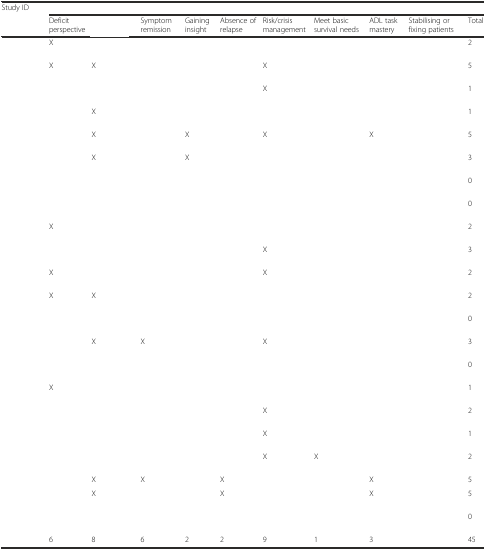
<table><thead><tr><td rowspan="2"><b>Study ID</b></td><td colspan="10">[EMPTY_CELL]</td></tr><tr><td><b>Deficit perspective</b></td><td>[EMPTY_CELL]</td><td><b>Symptom remission</b></td><td><b>Gaining insight</b></td><td><b>Absence of relapse</b></td><td><b>Risk/crisis management</b></td><td><b>Meet basic survival needs</b></td><td><b>ADL task mastery</b></td><td><b>Stabilising or fixing patients</b></td><td><b>Total</b></td></tr></thead><tbody><tr><td>[EMPTY_CELL]</td><td>X</td><td>[EMPTY_CELL]</td><td>[EMPTY_CELL]</td><td>[EMPTY_CELL]</td><td>[EMPTY_CELL]</td><td>[EMPTY_CELL]</td><td>[EMPTY_CELL]</td><td>[EMPTY_CELL]</td><td>[EMPTY_CELL]</td><td>2</td></tr><tr><td>[EMPTY_CELL]</td><td>X</td><td>X</td><td>[EMPTY_CELL]</td><td>[EMPTY_CELL]</td><td>[EMPTY_CELL]</td><td>X</td><td>[EMPTY_CELL]</td><td>[EMPTY_CELL]</td><td>[EMPTY_CELL]</td><td>5</td></tr><tr><td>[EMPTY_CELL]</td><td>[EMPTY_CELL]</td><td>[EMPTY_CELL]</td><td>[EMPTY_CELL]</td><td>[EMPTY_CELL]</td><td>[EMPTY_CELL]</td><td>X</td><td>[EMPTY_CELL]</td><td>[EMPTY_CELL]</td><td>[EMPTY_CELL]</td><td>1</td></tr><tr><td>[EMPTY_CELL]</td><td>[EMPTY_CELL]</td><td>X</td><td>[EMPTY_CELL]</td><td>[EMPTY_CELL]</td><td>[EMPTY_CELL]</td><td>[EMPTY_CELL]</td><td>[EMPTY_CELL]</td><td>[EMPTY_CELL]</td><td>[EMPTY_CELL]</td><td>1</td></tr><tr><td>[EMPTY_CELL]</td><td>[EMPTY_CELL]</td><td>X</td><td>[EMPTY_CELL]</td><td>X</td><td>[EMPTY_CELL]</td><td>X</td><td>[EMPTY_CELL]</td><td>X</td><td>[EMPTY_CELL]</td><td>5</td></tr><tr><td>[EMPTY_CELL]</td><td>[EMPTY_CELL]</td><td>X</td><td>[EMPTY_CELL]</td><td>X</td><td>[EMPTY_CELL]</td><td>[EMPTY_CELL]</td><td>[EMPTY_CELL]</td><td>[EMPTY_CELL]</td><td>[EMPTY_CELL]</td><td>3</td></tr><tr><td>[EMPTY_CELL]</td><td>[EMPTY_CELL]</td><td>[EMPTY_CELL]</td><td>[EMPTY_CELL]</td><td>[EMPTY_CELL]</td><td>[EMPTY_CELL]</td><td>[EMPTY_CELL]</td><td>[EMPTY_CELL]</td><td>[EMPTY_CELL]</td><td>[EMPTY_CELL]</td><td>0</td></tr><tr><td>[EMPTY_CELL]</td><td>[EMPTY_CELL]</td><td>[EMPTY_CELL]</td><td>[EMPTY_CELL]</td><td>[EMPTY_CELL]</td><td>[EMPTY_CELL]</td><td>[EMPTY_CELL]</td><td>[EMPTY_CELL]</td><td>[EMPTY_CELL]</td><td>[EMPTY_CELL]</td><td>0</td></tr><tr><td>[EMPTY_CELL]</td><td>X</td><td>[EMPTY_CELL]</td><td>[EMPTY_CELL]</td><td>[EMPTY_CELL]</td><td>[EMPTY_CELL]</td><td>[EMPTY_CELL]</td><td>[EMPTY_CELL]</td><td>[EMPTY_CELL]</td><td>[EMPTY_CELL]</td><td>2</td></tr><tr><td>[EMPTY_CELL]</td><td>[EMPTY_CELL]</td><td>[EMPTY_CELL]</td><td>[EMPTY_CELL]</td><td>[EMPTY_CELL]</td><td>[EMPTY_CELL]</td><td>X</td><td>[EMPTY_CELL]</td><td>[EMPTY_CELL]</td><td>[EMPTY_CELL]</td><td>3</td></tr><tr><td>[EMPTY_CELL]</td><td>X</td><td>[EMPTY_CELL]</td><td>[EMPTY_CELL]</td><td>[EMPTY_CELL]</td><td>[EMPTY_CELL]</td><td>X</td><td>[EMPTY_CELL]</td><td>[EMPTY_CELL]</td><td>[EMPTY_CELL]</td><td>2</td></tr><tr><td>[EMPTY_CELL]</td><td>X</td><td>X</td><td>[EMPTY_CELL]</td><td>[EMPTY_CELL]</td><td>[EMPTY_CELL]</td><td>[EMPTY_CELL]</td><td>[EMPTY_CELL]</td><td>[EMPTY_CELL]</td><td>[EMPTY_CELL]</td><td>2</td></tr><tr><td>[EMPTY_CELL]</td><td>[EMPTY_CELL]</td><td>[EMPTY_CELL]</td><td>[EMPTY_CELL]</td><td>[EMPTY_CELL]</td><td>[EMPTY_CELL]</td><td>[EMPTY_CELL]</td><td>[EMPTY_CELL]</td><td>[EMPTY_CELL]</td><td>[EMPTY_CELL]</td><td>0</td></tr><tr><td>[EMPTY_CELL]</td><td>[EMPTY_CELL]</td><td>X</td><td>X</td><td>[EMPTY_CELL]</td><td>[EMPTY_CELL]</td><td>X</td><td>[EMPTY_CELL]</td><td>[EMPTY_CELL]</td><td>[EMPTY_CELL]</td><td>3</td></tr><tr><td>[EMPTY_CELL]</td><td>[EMPTY_CELL]</td><td>[EMPTY_CELL]</td><td>[EMPTY_CELL]</td><td>[EMPTY_CELL]</td><td>[EMPTY_CELL]</td><td>[EMPTY_CELL]</td><td>[EMPTY_CELL]</td><td>[EMPTY_CELL]</td><td>[EMPTY_CELL]</td><td>0</td></tr><tr><td>[EMPTY_CELL]</td><td>X</td><td>[EMPTY_CELL]</td><td>[EMPTY_CELL]</td><td>[EMPTY_CELL]</td><td>[EMPTY_CELL]</td><td>[EMPTY_CELL]</td><td>[EMPTY_CELL]</td><td>[EMPTY_CELL]</td><td>[EMPTY_CELL]</td><td>1</td></tr><tr><td>[EMPTY_CELL]</td><td>[EMPTY_CELL]</td><td>[EMPTY_CELL]</td><td>[EMPTY_CELL]</td><td>[EMPTY_CELL]</td><td>[EMPTY_CELL]</td><td>X</td><td>[EMPTY_CELL]</td><td>[EMPTY_CELL]</td><td>[EMPTY_CELL]</td><td>2</td></tr><tr><td>[EMPTY_CELL]</td><td>[EMPTY_CELL]</td><td>[EMPTY_CELL]</td><td>[EMPTY_CELL]</td><td>[EMPTY_CELL]</td><td>[EMPTY_CELL]</td><td>X</td><td>[EMPTY_CELL]</td><td>[EMPTY_CELL]</td><td>[EMPTY_CELL]</td><td>1</td></tr><tr><td>[EMPTY_CELL]</td><td>[EMPTY_CELL]</td><td>[EMPTY_CELL]</td><td>[EMPTY_CELL]</td><td>[EMPTY_CELL]</td><td>[EMPTY_CELL]</td><td>X</td><td>X</td><td>[EMPTY_CELL]</td><td>[EMPTY_CELL]</td><td>2</td></tr><tr><td>[EMPTY_CELL]</td><td>[EMPTY_CELL]</td><td>X</td><td>X</td><td>[EMPTY_CELL]</td><td>X</td><td>[EMPTY_CELL]</td><td>[EMPTY_CELL]</td><td>X</td><td>[EMPTY_CELL]</td><td>5</td></tr><tr><td>[EMPTY_CELL]</td><td>[EMPTY_CELL]</td><td>X</td><td>[EMPTY_CELL]</td><td>[EMPTY_CELL]</td><td>X</td><td>[EMPTY_CELL]</td><td>[EMPTY_CELL]</td><td>X</td><td>[EMPTY_CELL]</td><td>5</td></tr><tr><td>[EMPTY_CELL]</td><td>[EMPTY_CELL]</td><td>[EMPTY_CELL]</td><td>[EMPTY_CELL]</td><td>[EMPTY_CELL]</td><td>[EMPTY_CELL]</td><td>[EMPTY_CELL]</td><td>[EMPTY_CELL]</td><td>[EMPTY_CELL]</td><td>[EMPTY_CELL]</td><td>0</td></tr><tr><td>[EMPTY_CELL]</td><td>6</td><td>8</td><td>6</td><td>2</td><td>2</td><td>9</td><td>1</td><td>3</td><td>[EMPTY_CELL]</td><td>45</td></tr></tbody></table>